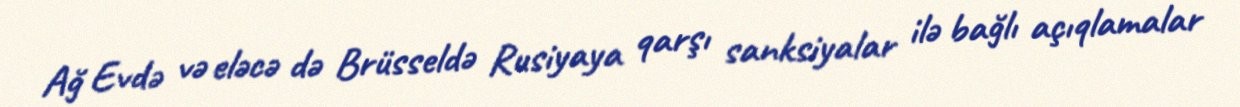
Ağ Evdə və eləcə də Brüsseldə Rusiyaya qarşı sanksiyalar ilə bağlı açıqlamalar